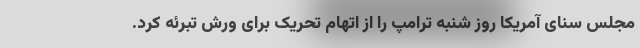
مجلس سنای آمریکا روز شنبه ترامپ را از اتهام تحریک برای ورش تبرئه کرد.